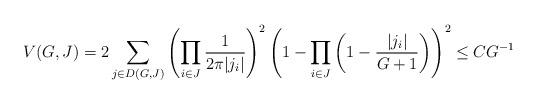
LaTeX: \begin{align*} V(G,J)=2\sum_{j\in D(G,J)}\left(\prod_{i\in J}\frac{1}{2\pi|j_i|}\right)^2\left(1-\prod_{i\in J}\left(1-\frac{|j_i|}{G+1}\right)\right)^2\leq CG^{-1}\end{align*}